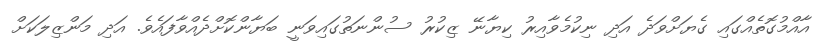
އާއްމުގޮތެއްގައި ގެޔަށްވަދެ އަދި ނިކުމެވާއިރު ކިޔާނޭ ޒިކުރު ސުންނަތުގައިވަނީ ބަޔާންކޮށްދެއްވާފައެވެ. އަދި މަންޒިލަކަށް